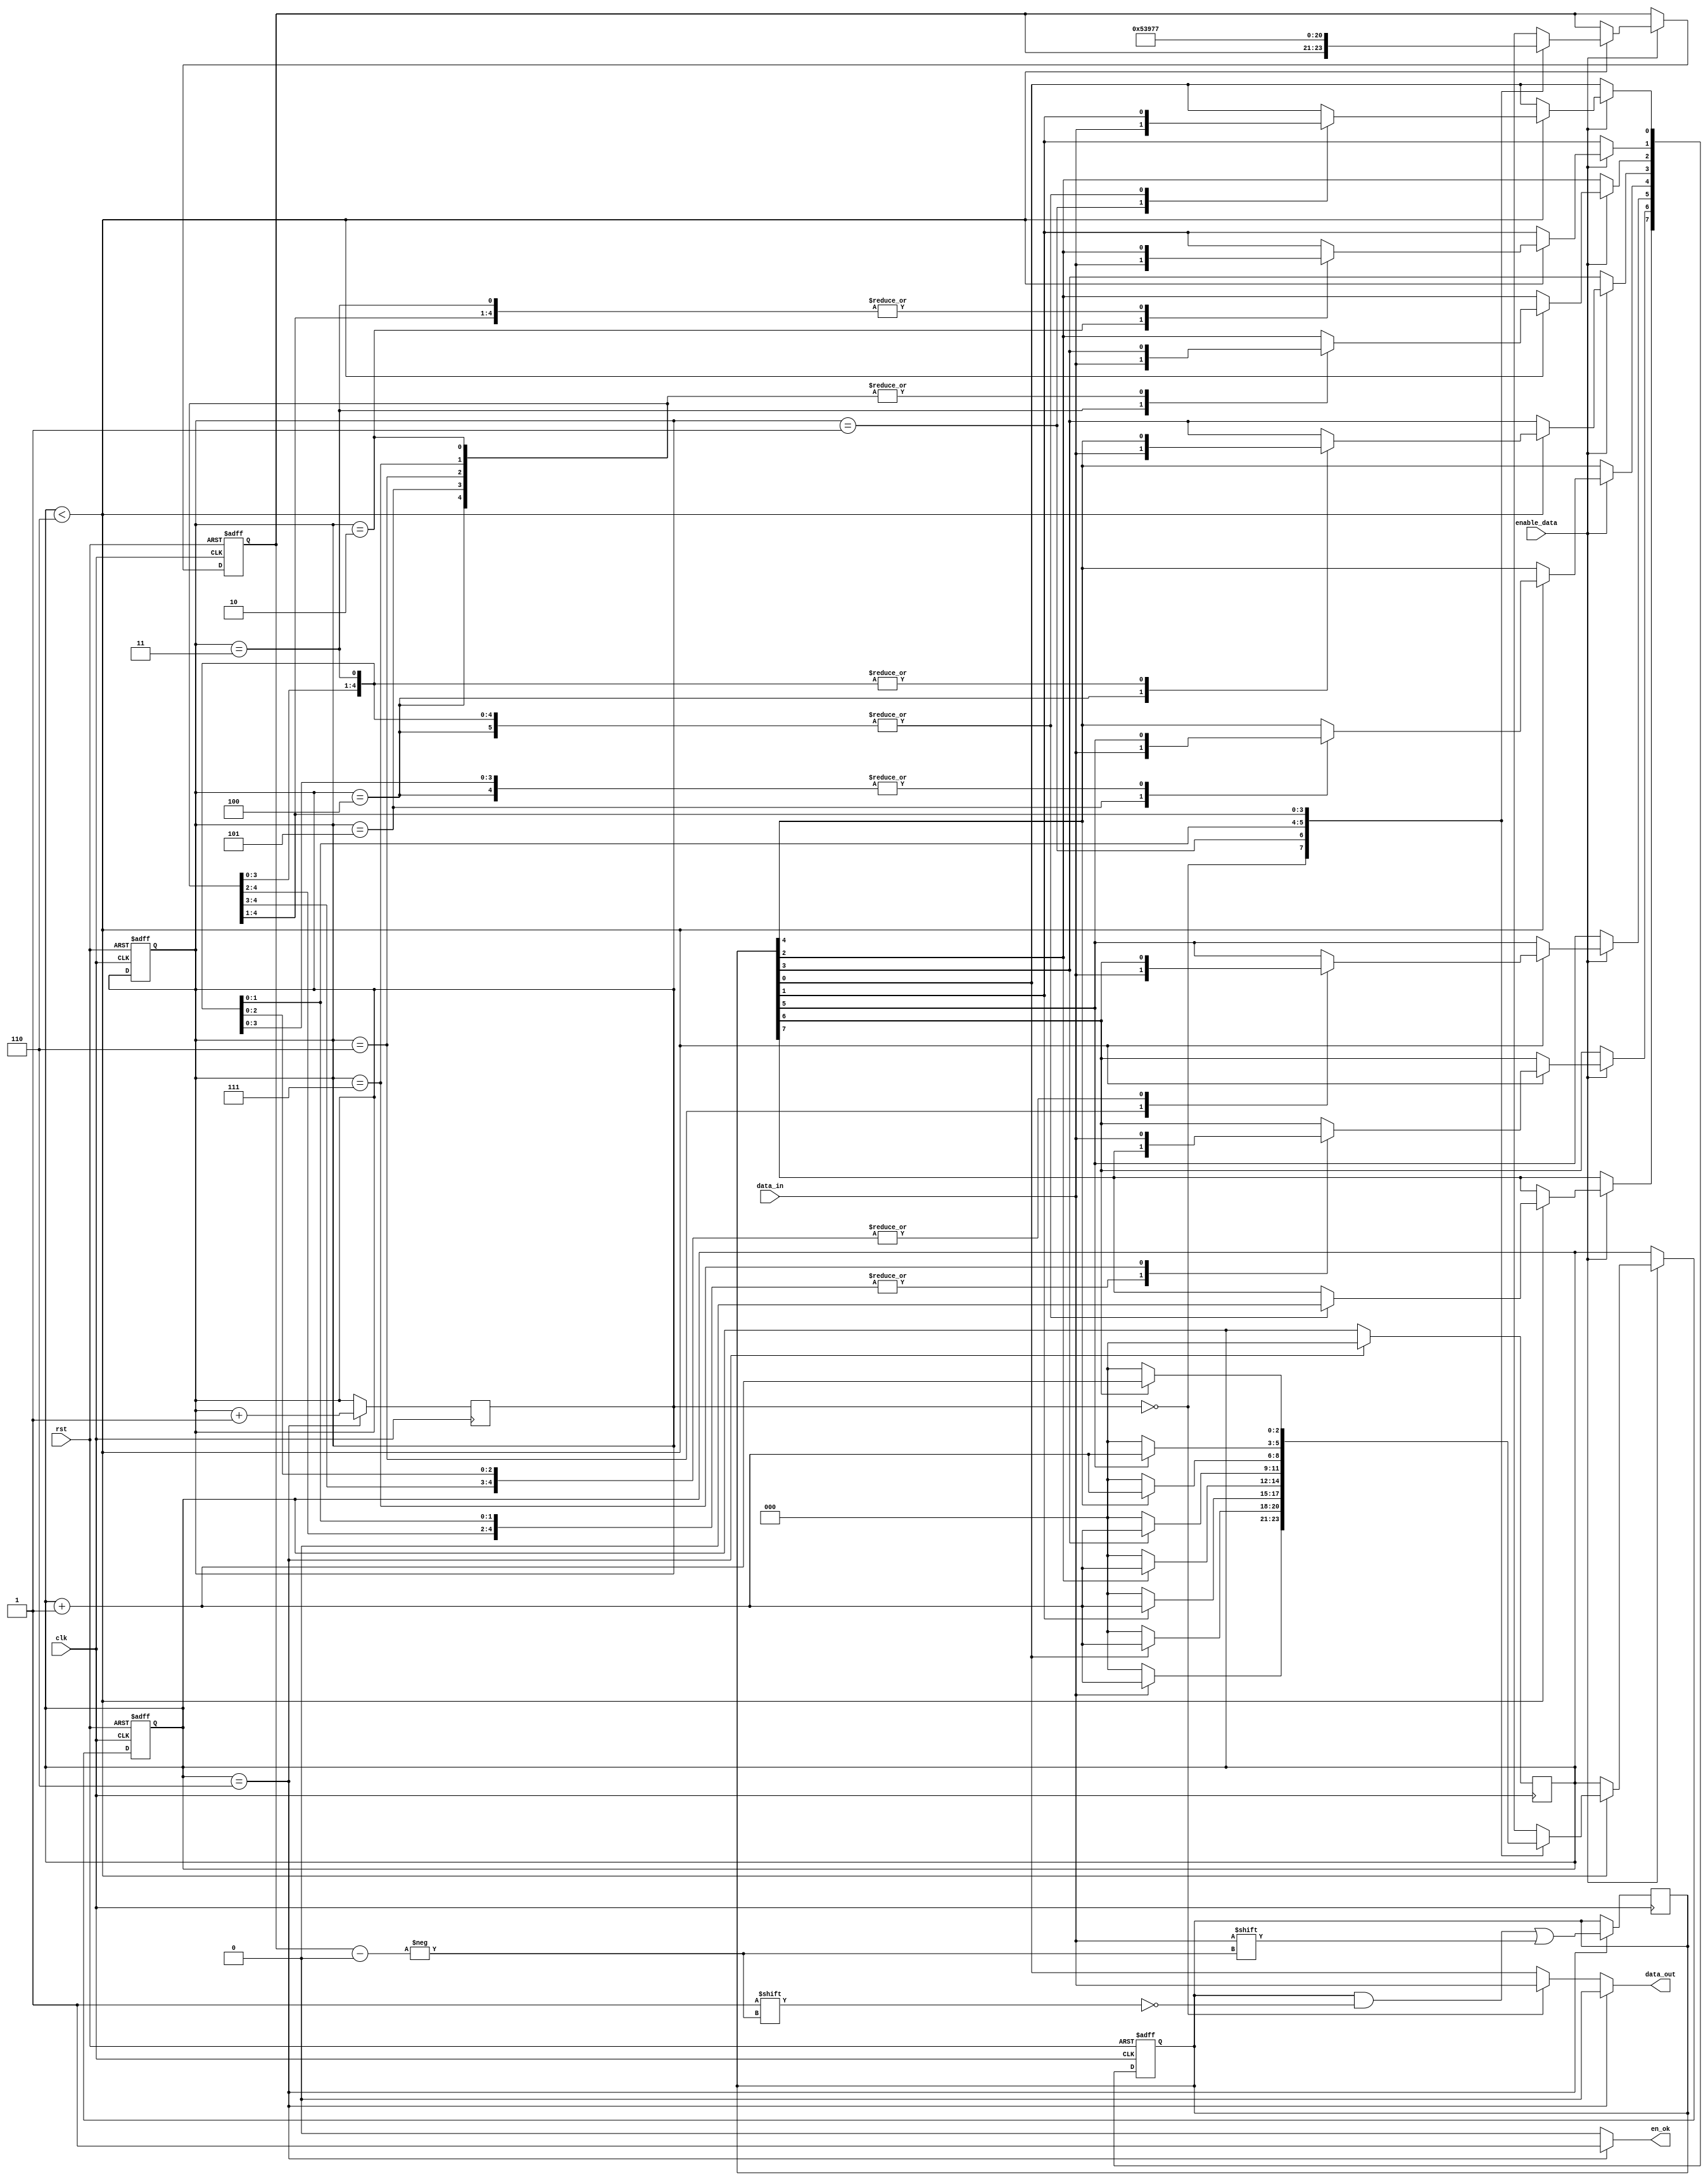
`timescale 1ns / 1ps

//Finalised
module bitstuff_block(
    input clk,
    input rst,
    input enable_data,
    input data_in,
    output en_ok,  //Indicates that we have stuffed
    output data_out
    );
    reg [2:0] count ;
    reg [7:0] temp_reg ;
    reg [2:0] state ;
    reg [2:0] i ;
    //reg en_ok ;
    assign data_out = (count==6)? ( 1'b0 ) : ((state==0)? data_in:temp_reg[0]) ;
    assign en_ok = (count==6)? 1'b1 : 1'b0 ;
    
    always@ (posedge clk or negedge rst)
    begin
     if(!rst)
      begin
        count <= 0 ;
        i <= 0 ;
        temp_reg <= 8'b0 ;
        state <= 0 ;
        //en_ok <= 1'b0 ;
      end
     else if(enable_data)
      begin
         if(count<6)
         begin
         //en_ok <= 1'b0 ;
         case(state)
              0 :begin
                   if(data_in)
                     count <= count + 1 ;
                   else
                     count <= 0 ;
                   //data_out <= data_in ;
                 end
              1 :begin
                   if(temp_reg[0])
                     count <= count + 1 ;
                   else
                     count <= 0 ;
                   i = 1 ;
                   //data_out <= temp_reg[0] ;
                   temp_reg[0] <= data_in ;
                 end
              2 :begin
                   if(temp_reg[1])
                     count <= count + 1 ;
                   else
                     count <= 0 ;
                   i = 2;
                   //data_out <= temp_reg[0] ;
                   temp_reg <= temp_reg >> 1 ;
                   temp_reg[1] <= data_in ;
                 end
              3 :begin
                   if(temp_reg[2])
                     count <= count + 1 ;
                   else
                     count <= 0 ;
                   i = 3;
                   //data_out <= temp_reg[0] ;
                   temp_reg <= temp_reg >> 1 ;
                   temp_reg[2] <= data_in ;
                 end
              4 :begin
                   if(temp_reg[3])
                     count <= count + 1 ;
                   else
                     count <= 0 ;
                   i = 4;
                   //data_out <= temp_reg[0] ;
                   temp_reg <= temp_reg >> 1 ;
                   temp_reg[3] <= data_in ;
                 end
              5 :begin
                   if(temp_reg[4])
                     count <= count + 1 ;
                   else
                     count <= 0 ;
                   i = 5;
                  // data_out <= temp_reg[0] ;
                   temp_reg <= temp_reg >> 1 ; 
                   temp_reg[4] <= data_in ;
                 end 
               6 :begin
                   if(temp_reg[5])
                     count <= count + 1 ;
                   else
                     count <= 0 ;
                   i = 6;
                   //data_out <= temp_reg[0] ;
                   temp_reg <= temp_reg >> 1 ; 
                   temp_reg[5] <= data_in ;
                 end   
               7 :begin
                   if(temp_reg[6])
                     count <= count + 1 ;
                   else
                     count <= 0 ;
                   i = 7;
                   //data_out <= temp_reg[0] ;
                   temp_reg <= temp_reg >> 1 ; 
                   temp_reg[6] <= data_in ;
                 end     
          endcase 
        end                
      end 
    end
    
    always@ (posedge clk)
    begin
     if(count==6)
      begin
       //data_out <= 1'b0 ; //Stuffing a zero 
       //en_ok <= 1'b1 ;
       temp_reg[i] <= data_in ;
       count <= 0 ;
       state <= state + 1 ;
      end
    end
endmodule